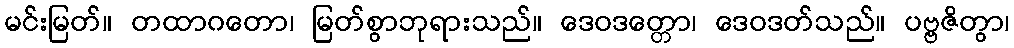
မင်းမြတ်။ တထာဂတော၊ မြတ်စွာဘုရားသည်။ ဒေဝဒတ္တော၊ ဒေဝဒတ်သည်။ ပဗ္ဗဇိတွာ၊